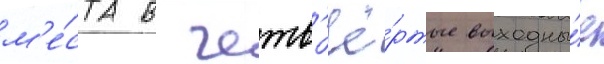
м'е́ста в четв'ё́ртые выходны́е